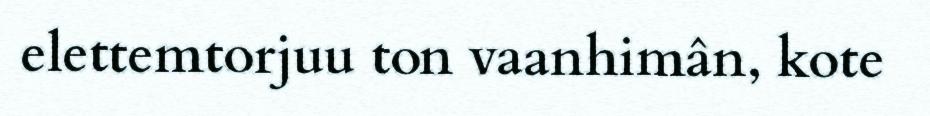
elettemtorjuu ton vaanhimân, kote